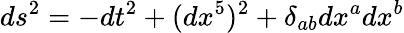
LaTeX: ds^{2}=-dt^{2}+(dx^{5})^{2}+\delta_{ab}dx^{a}dx^{b}